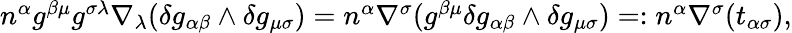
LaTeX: \begin{array}{r}{n^{\alpha}g^{\beta\mu}g^{\sigma\lambda}\nabla_{\lambda}(\delta g_{\alpha\beta}\wedge\delta g_{\mu\sigma})=n^{\alpha}\nabla^{\sigma}(g^{\beta\mu}\delta g_{\alpha\beta}\wedge\delta g_{\mu\sigma})=:n^{\alpha}\nabla^{\sigma}(t_{\alpha\sigma}),}\end{array}